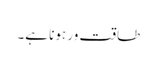
طاقت ور ہونا ہے۔